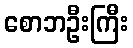
စောဘဦးကြီး